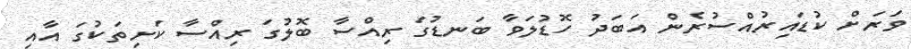
ވަރަށް ކުޑައިރުއްސުރެން އަބަދު ހޮޑުލަވާ ބަނޑުގަ ރިއްސާ ބޮލުގަ ރިއްސާ ކަށިތަކުގަ އާއި